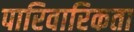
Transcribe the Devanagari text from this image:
पारिवारिकता